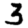
Digit: 3